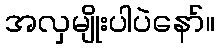
အလှမျိုးပါပဲနော်။